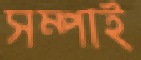
সম্পাই